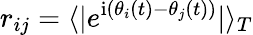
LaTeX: r_{ij}=\langle|e^{\mathrm{i}(\theta_{i}(t)-\theta_{j}(t))}|\rangle_{T}